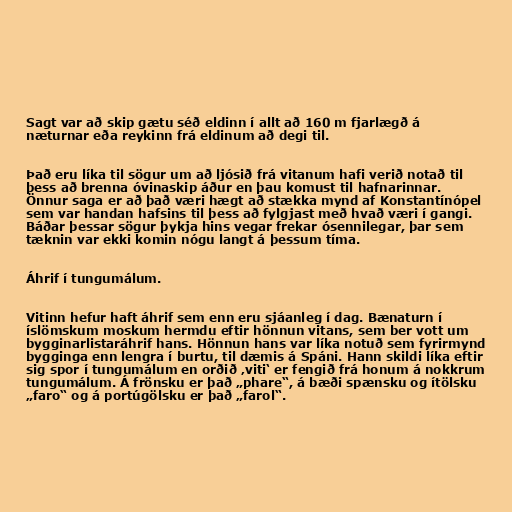
Sagt var að skip gætu séð eldinn í allt að 160 m fjarlægð á
næturnar eða reykinn frá eldinum að degi til.

Það eru líka til sögur um að ljósið frá vitanum hafi verið notað til
þess að brenna óvinaskip áður en þau komust til hafnarinnar.
Önnur saga er að það væri hægt að stækka mynd af Konstantínópel
sem var handan hafsins til þess að fylgjast með hvað væri í gangi.
Báðar þessar sögur þykja hins vegar frekar ósennilegar, þar sem
tæknin var ekki komin nógu langt á þessum tíma.

Áhrif í tungumálum.

Vitinn hefur haft áhrif sem enn eru sjáanleg í dag. Bænaturn í
íslömskum moskum hermdu eftir hönnun vitans, sem ber vott um
bygginarlistaráhrif hans. Hönnun hans var líka notuð sem fyrirmynd
bygginga enn lengra í burtu, til dæmis á Spáni. Hann skildi líka eftir
sig spor í tungumálum en orðið ‚viti‘ er fengið frá honum á nokkrum
tungumálum. Á frönsku er það „phare“, á bæði spænsku og ítölsku
„faro“ og á portúgölsku er það „farol“.